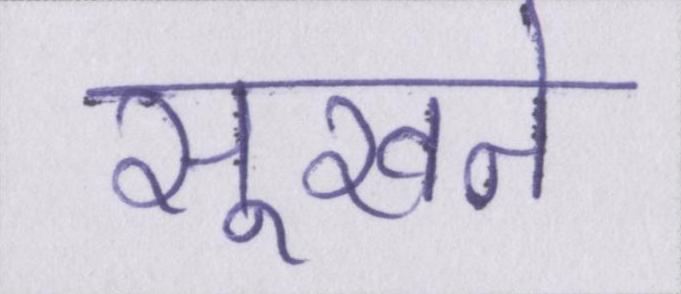
सूखने